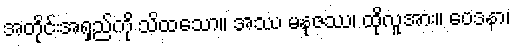
အတိုင်းအရှည်ကို သိထသော။ အဿ မနုဇဿ၊ ထိုလူအား။ ဝေဒနာ၊